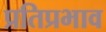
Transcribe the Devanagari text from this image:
प्रतिप्रभाव